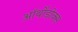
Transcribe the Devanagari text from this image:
ऑर्थोडोक्स